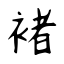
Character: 褚